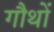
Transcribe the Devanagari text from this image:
गौथों